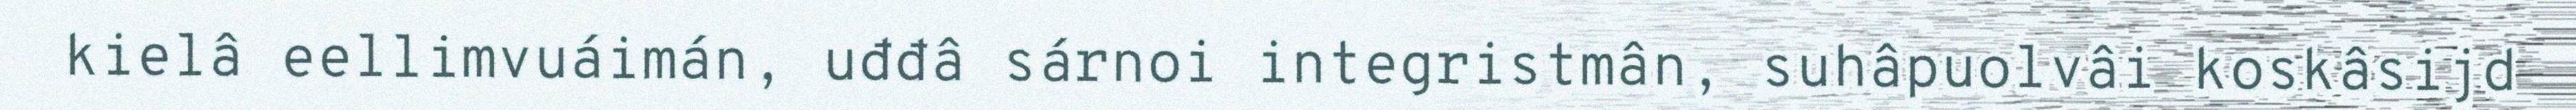
kielâ eellimvuáimán, uđđâ sárnoi integristmân, suhâpuolvâi koskâsijd